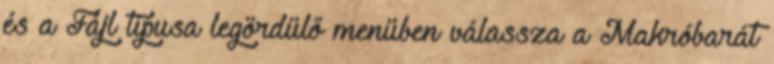
és a Fájl típusa legördülő menüben válassza a Makróbarát